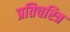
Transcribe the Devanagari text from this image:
प्रतिचरित्र